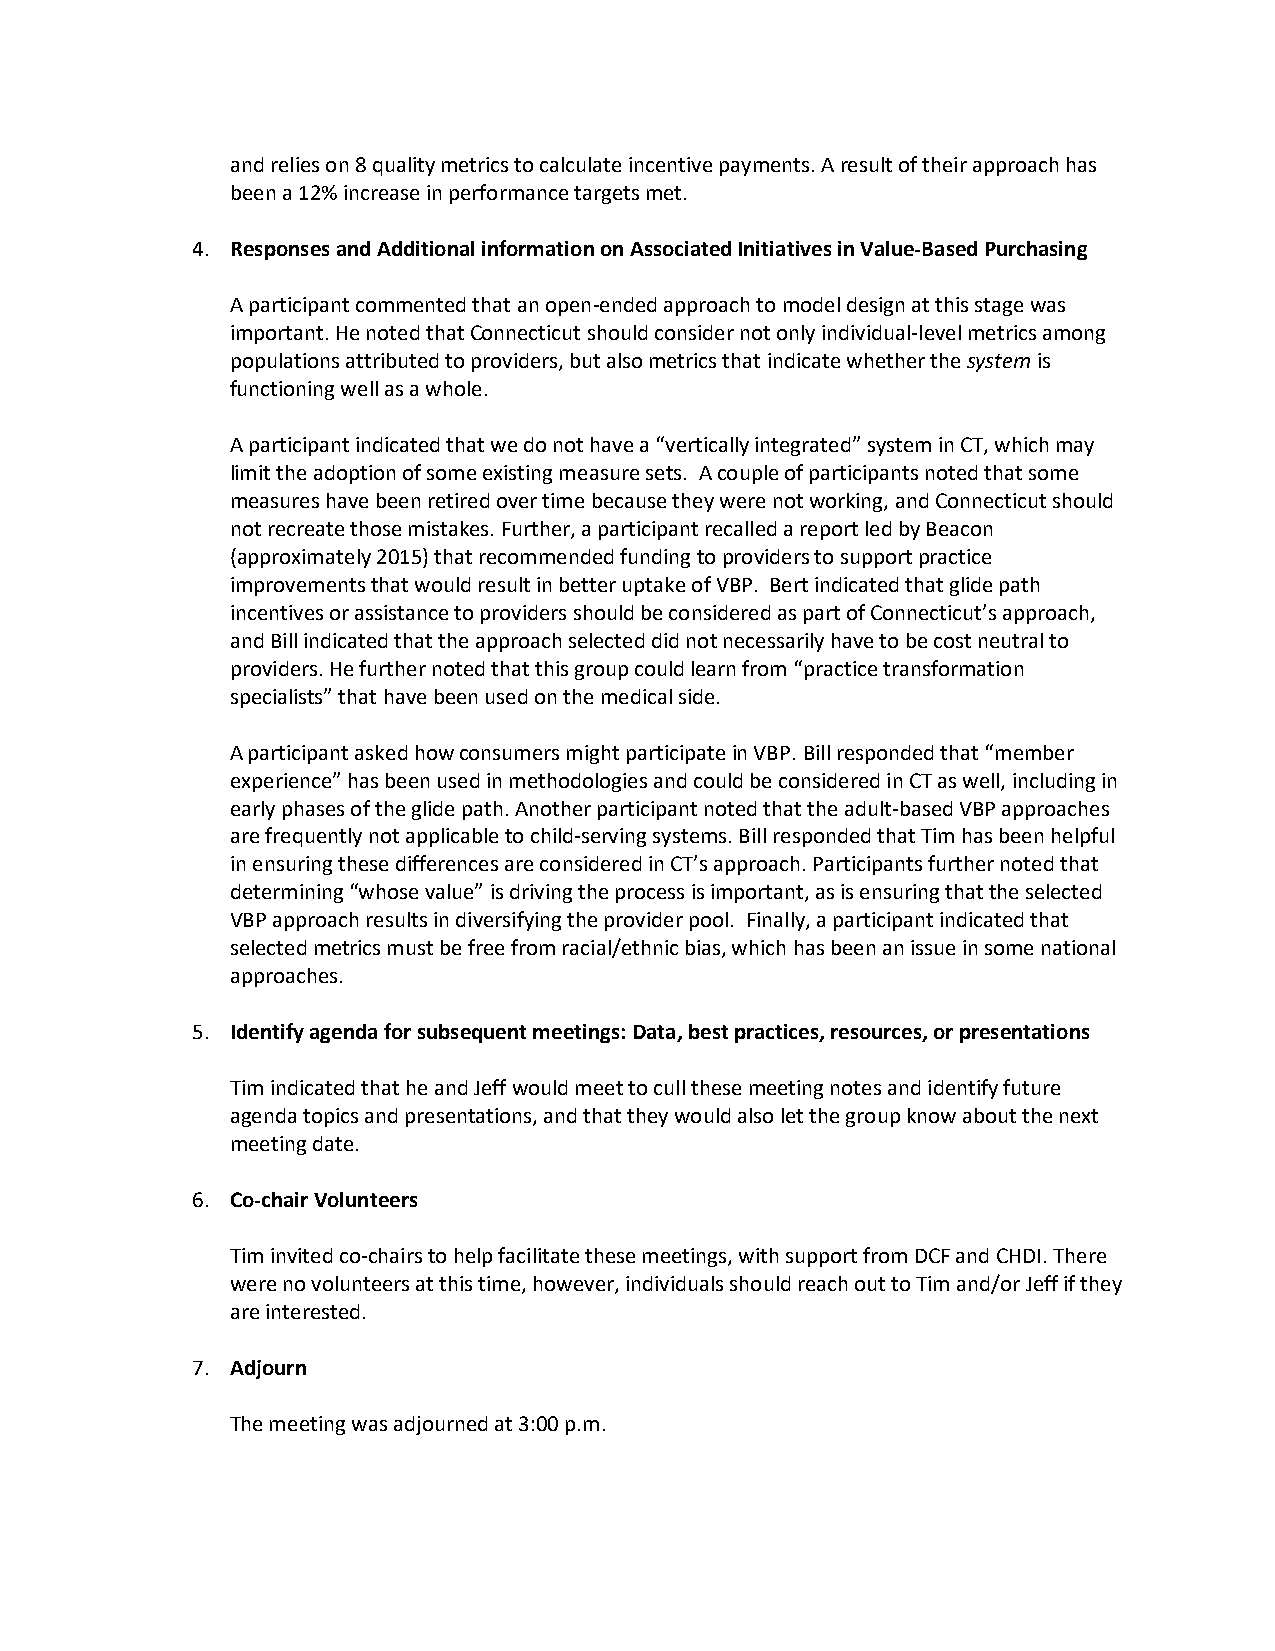
and relies on 8 quality metrics to calculate incentive payments. A result of their approach has
 been a 12% increase in performance targets met.
 4. Responses and Additional information on Associated Initiatives in Value-Based Purchasing
 A participant commented that an open-ended approach to model design at this stage was
 important. He noted that Connecticut should consider not only individual-level metrics among
 populations attributed to providers, but also metrics that indicate whether the system is
 functioning well as a whole.
 A participant indicated that we do not have a “vertically integrated” system in CT, which may
 limit the adoption of some existing measure sets. A couple of participants noted that some
 measures have been retired over time because they were not working, and Connecticut should
 not recreate those mistakes. Further, a participant recalled a report led by Beacon
 (approximately 2015) that recommended funding to providers to support practice
 improvements that would result in better uptake of VBP. Bert indicated that glide path
 incentives or assistance to providers should be considered as part of Connecticut’s approach,
 and Bill indicated that the approach selected did not necessarily have to be cost neutral to
 providers. He further noted that this group could learn from “practice transformation
 specialists” that have been used on the medical side.
 A participant asked how consumers might participate in VBP. Bill responded that “member
 experience” has been used in methodologies and could be considered in CT as well, including in
 early phases of the glide path. Another participant noted that the adult-based VBP approaches
 are frequently not applicable to child-serving systems. Bill responded that Tim has been helpful
 in ensuring these differences are considered in CT’s approach. Participants further noted that
 determining “whose value” is driving the process is important, as is ensuring that the selected
 VBP approach results in diversifying the provider pool. Finally, a participant indicated that
 selected metrics must be free from racial/ethnic bias, which has been an issue in some national
 approaches.
 5. Identify agenda for subsequent meetings: Data, best practices, resources, or presentations
 Tim indicated that he and Jeff would meet to cull these meeting notes and identify future
 agenda topics and presentations, and that they would also let the group know about the next
 meeting date.
 6. Co-chair Volunteers
 Tim invited co-chairs to help facilitate these meetings, with support from DCF and CHDI. There
 were no volunteers at this time, however, individuals should reach out to Tim and/or Jeff if they
 are interested.
 7. Adjourn
 The meeting was adjourned at 3:00 p.m.